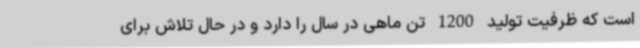
است که ظرفیت تولید 1200 تن ماهی در سال را دارد و در حال تلاش برای